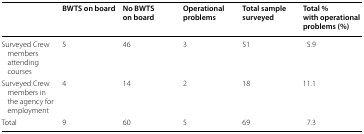
|  | BWTS on board | No BWTS on board | Operational problems | Total sample surveyed | Total % with operational problems (%) |
 | --- | --- | --- | --- | --- | --- |
 | Surveyed Crew members attending courses | 5 | 46 | 3 | 51 | 5.9 |
 | Surveyed Crew members in the agency for employment | 4 | 14 | 2 | 18 | 11.1 |
 | Total | 9 | 60 | 5 | 69 | 7.3 |